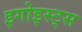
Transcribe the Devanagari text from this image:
इगोइस्ट्स